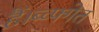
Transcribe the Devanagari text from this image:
हैं।ब्व्फ्गेत